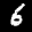
Label: 6